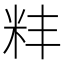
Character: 𫂶